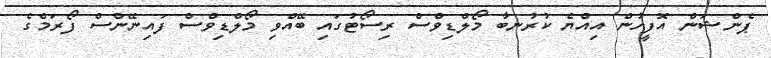
ޕެންޝަން އޮފީހުން އިއްޔެ ކުރުނބާ މޯލްޑިވްސް ރިސޯޓުގައި ބޭއްވި މޯލްޑިވްސް ފައިނޭންސް ފޯރަމްގެ